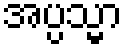
အပ္ပသ္မာ